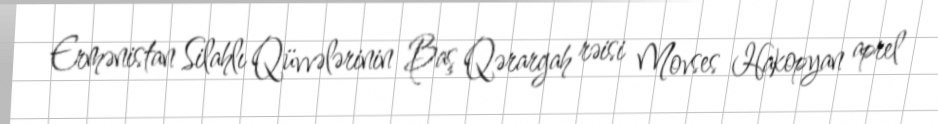
Ermənistan Silahlı Qüvvələrinin Baş Qərargah rəisi Movses Hakopyan aprel